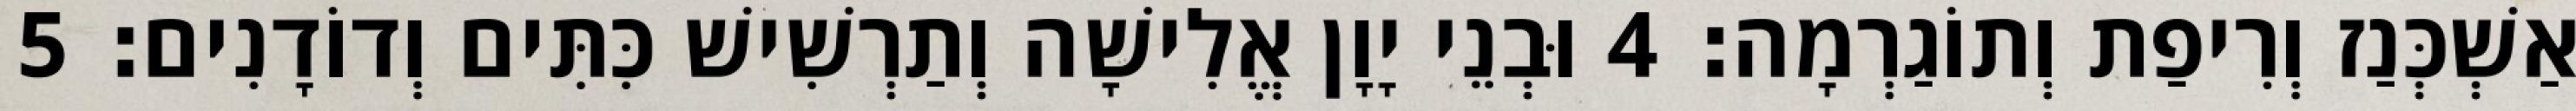
אַשְׁכְּנַז וְרִיפַת וְתוֹגַרְמָה׃ 4 וּבְנֵי יָוָן אֱלִישָׁה וְתַרְשִׁישׁ כִּתִּים וְדוֹדָנִים׃ 5